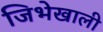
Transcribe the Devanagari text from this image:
जिभेखाली